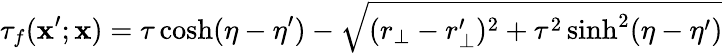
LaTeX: \tau_{f}(\mathbf{x}^{\prime};\mathbf{x})=\tau\cosh(\eta-\eta^{\prime})-\sqrt{(r_{\bot}-r_{\bot}^{\prime})^{2}+\tau^{2}\sinh^{2}(\eta-\eta^{\prime})}